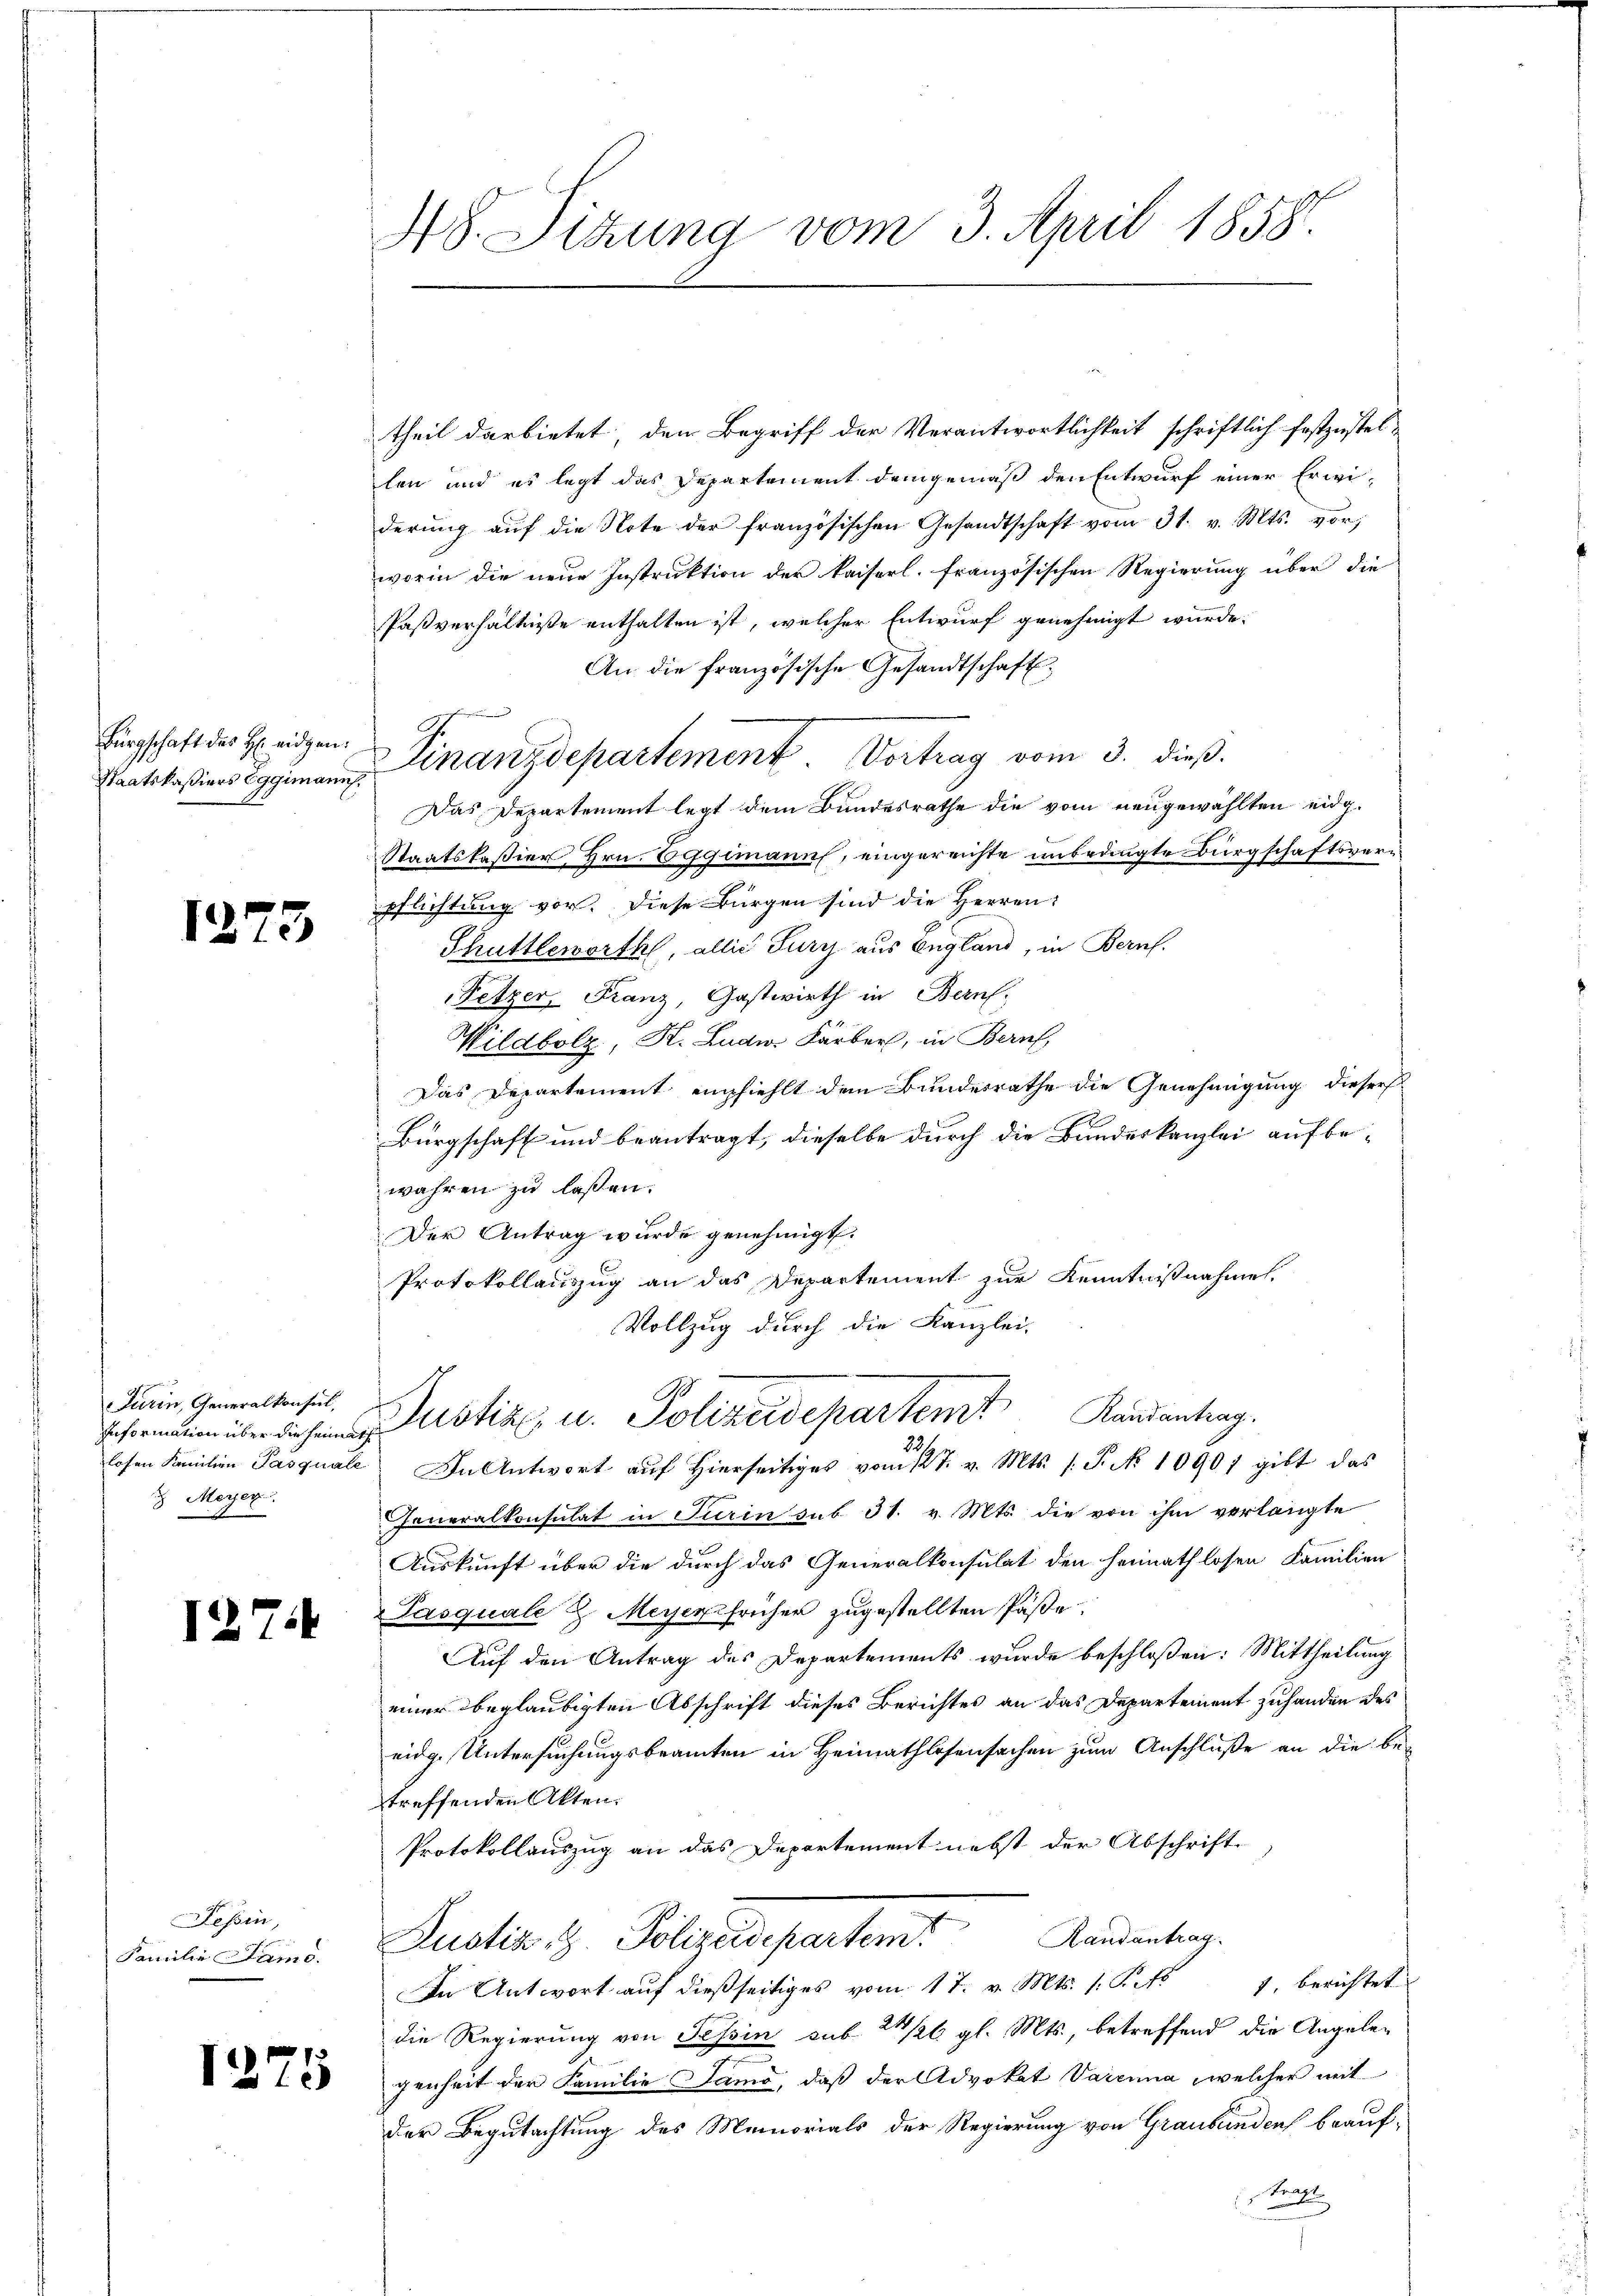
Staatskassiers Eggimann.

127

12

3

Turin, Generalkonsul,
 Meyer

7

Tessin,
Familie amo.

1275

48. Sitzung vom 3. April 1858.

theil darbietet, den Begriff der Verantwortlichkeit schriftlich festzustel-
len und es legt das Departement demgemäß den Entwurf einer Erwi-
derung auf die Note der französischen Gesandtschaft vom 31. v. Mts. vor;
worin die neue Instruktion der kaiserl. französischen Regierung über die
Paßverhältniße enthalten ist, welcher Entwurf genehmigt wurde.
An die französische Gesandtschaft
Das Departement legt dem Bundesrathe die vom neugewählten eidg.
Staatskaßier, Hrn. Eggimann, eingereichte unbedingte Bürgschaftsveripflichtung vor. Diese Bürgen sind die Herren:
Shuttbeworth, allis Furch aus England, in Bern.
Fetzer, Franz, Gastwirth in Bern,
Wildbolz, K. Ludw. Färber, in Bern,
Das Departement empfiehlt dem Bundesrathe die Genehmigung dieser
Bürgschaft und beantragt, dieselbe durch die Bundeskanzlei aufbewahren zu lassen.
Der Antrag wurde genehmigt.
Protokollauszug an das Departement zur Kenntnißnahmes
Vollzug durch die Kanzlei-
stik u. Polizeidepartem Kandentrag.
22.
losen Familien Pasquale In Antwort auf hierseitiges vom 12t. v. Mts. (T. No 10907 gibt das
Generalkonsulat in Turin sub 31. v. Mts. die von ihm verlangte
Auskunft über die durch das Generalkonsulat den Heimathlosen Familien
Pasquale & Meyer früher zugestellten Pässe
Auf den Antrag des Departements wurde beschloßen: Mittheilung
einer beglaubigten Abschrift dieses Berichtes an das Departement zuhanden des
eidg. Untersuchungsbeamten in Heimathlosensachen zum Anschluße an die be-
treffenden Akten.
Protokollauszug an das Departement nebst der Abschrift-
Justiz- & Polizeidepartem Randantrag.
In Antwort auf dießseitiges vom 17. v. Mts. (: Pits 1, berichtet
die Regierung von Tessin sub 21/26 gl. Mts., betreffend die Angelegenheit der Familie amo, daß der Advokat Vaienna, welcher mit
der Begutachtung des Memorials der Regierung von Graubünden beauf-
tragt

birgschaft des Ereigen Finanzdepartement. Vortrag vom 3. dieß.